Leaving Certificate Examination, 1918
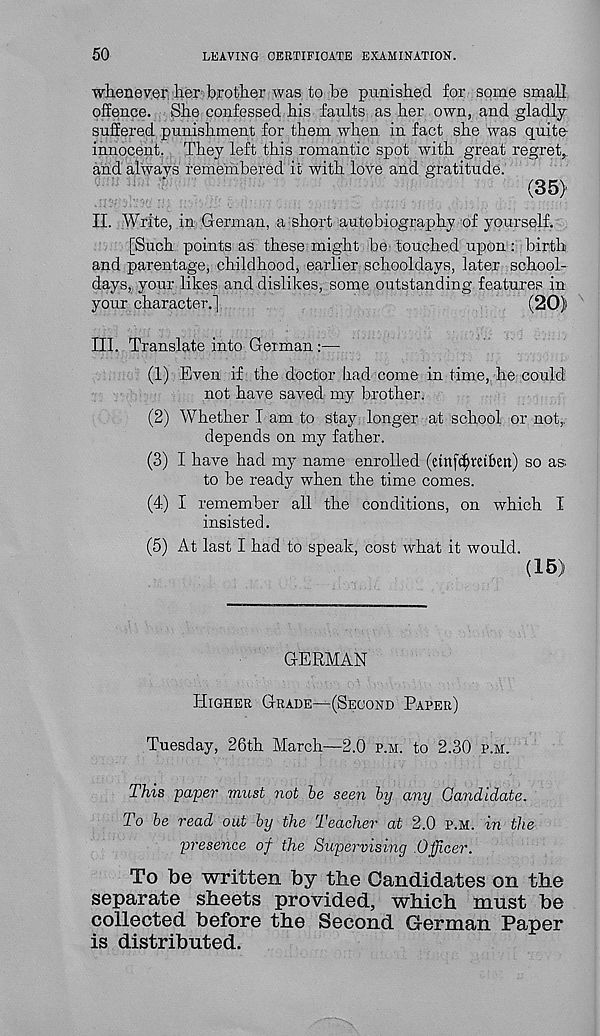
50
LEAVING CERTIFICATE EXAMINATION.
whenovor her brother was to be punished for some small
offence. She confessed his faults as her own, and gladly
suffered punishment for them when in fact she was quite-
innocent. They left this romantic spot with great regret,,
and always remembered it with love and gratitude.
(35)
II. Write, in German, a short autobiography of yourself.
[Such points as these might be- touched upon : birth
and parentage, childhood, earlier schooldays, later school-
days, your likes and dislikes, some outstanding features in
your character.]
(20)
III. Translate into German:—
(1) Even if the doctor had come in time, he could
not have saved my brother.
(2) Whether I am to stay longer at school or not,
depends on my father.
(3) I have had my name enrolled (etttfcfjmben) so as
to be ready when the time comes.
(4) I remember all the conditions, on which I
insisted.
(5) At last I had to speak, cost what it would.
(15)
GERMAN
Higher Grade—(Second Paper)
Tuesday, 26th March—2.0 p.m. to 2.30 p.m.
This paper must not be seen by any Candidate.
To be read out by the Teacher at 2.0 p.m. in the
presence of the Supervising .Officer.
To be written by the Candidates on the
separate sheets provided, which must be
collected before the Second German Paper
is distributed.